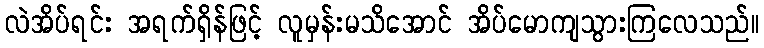
လဲအိပ်ရင်း အရက်ရှိန်ဖြင့် လူမှန်းမသိအောင် အိပ်မောကျသွားကြလေသည်။